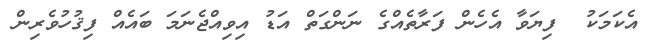
އެކަމަކު  ފިޔަވާ އެހެން ފަރާތެއްގެ ނަންގަތް އަޑު އިވިއްޖެނަމަ ބައެއް ފިޤުހުވެރިން